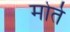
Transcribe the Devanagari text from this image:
मोर्ते